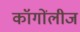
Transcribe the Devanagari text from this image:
कॉगोंलीज